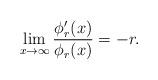
LaTeX: \begin{align*}\lim_{x\to\infty}\frac{\phi_{r}'(x)}{\phi_{r}(x)}=-r.\end{align*}